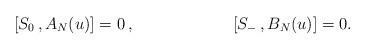
LaTeX: \begin{align*}[S_0\,, A_N(u)]=0\,, &&[S_-\,, B_N(u)] = 0. \end{align*}